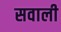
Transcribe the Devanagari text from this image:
सवाली